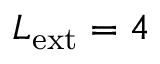
L _ { \mathrm { e x t } } = 4